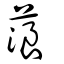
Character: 蒗